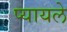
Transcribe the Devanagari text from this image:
प्यायले